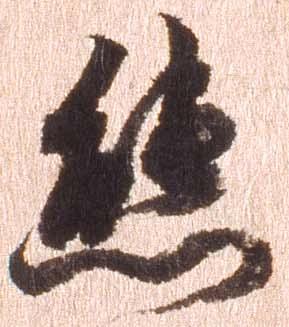
態